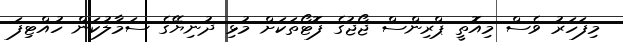
މިފަހަރު ވެސް މިއޮތީ ޕްރިންސް ޖޯޖުގެ ފޮޓޯތަކަށް މުޅި ދުނިޔޭގެ ސަމާލުކަން ހުއްޓިފަ